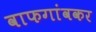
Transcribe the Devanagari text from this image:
वाफगांवकर